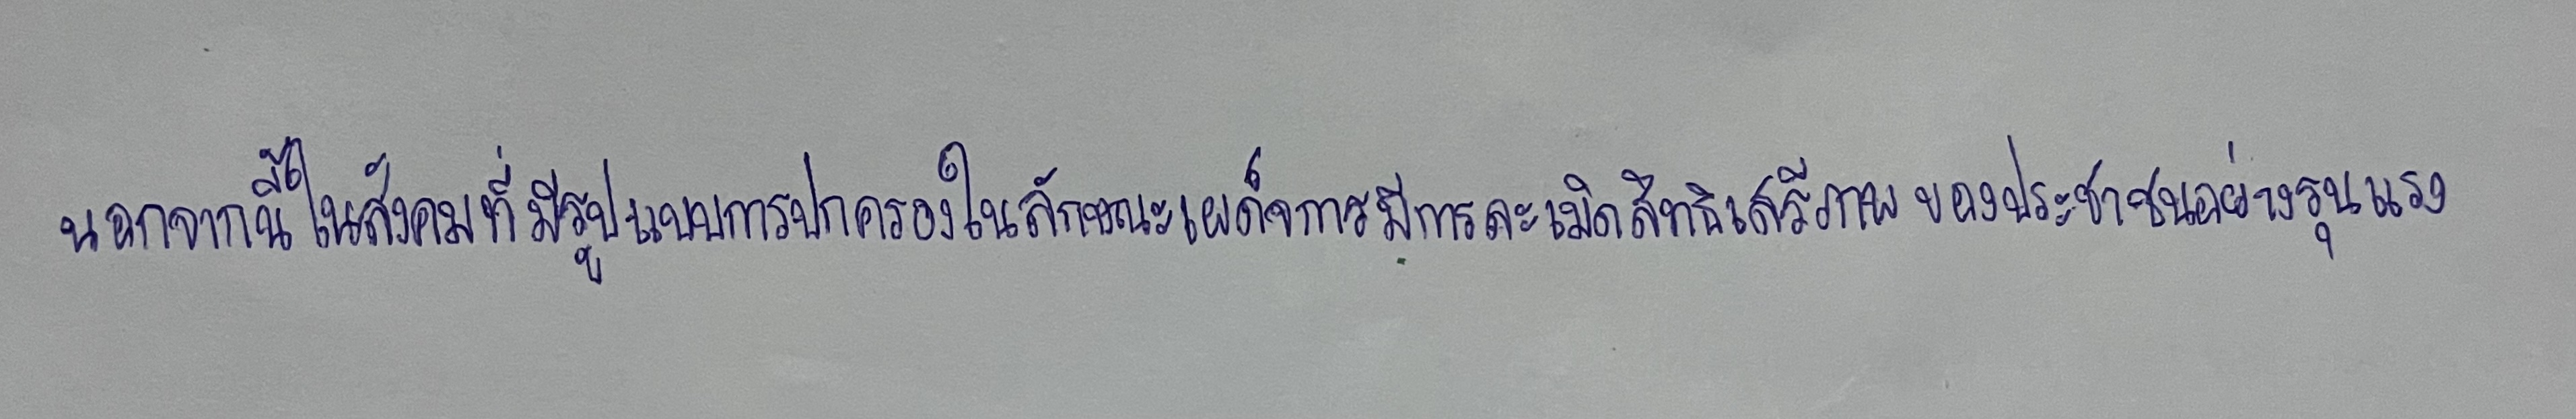
นอกจากนี้ในสังคมที่มีรูปแบบการปกครองในลักษณะเผด็จการมีการละเมิดสิทธิเสรีภาพของประชาชนอย่างรุนแรง